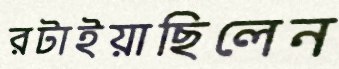
রটাইয়াছিলেন